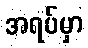
အရပ်မှာ